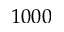
1 0 0 0